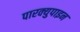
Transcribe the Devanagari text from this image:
पारक्युपाइन